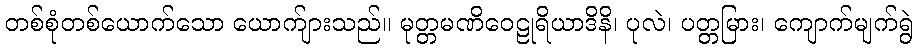
တစ်စုံတစ်ယောက်သော ယောက်ျားသည်။ မုတ္တမဏိဝေဠုရိယာဒိနိ၊ ပုလဲ၊ ပတ္တမြား၊ ကျောက်မျက်ရွဲ